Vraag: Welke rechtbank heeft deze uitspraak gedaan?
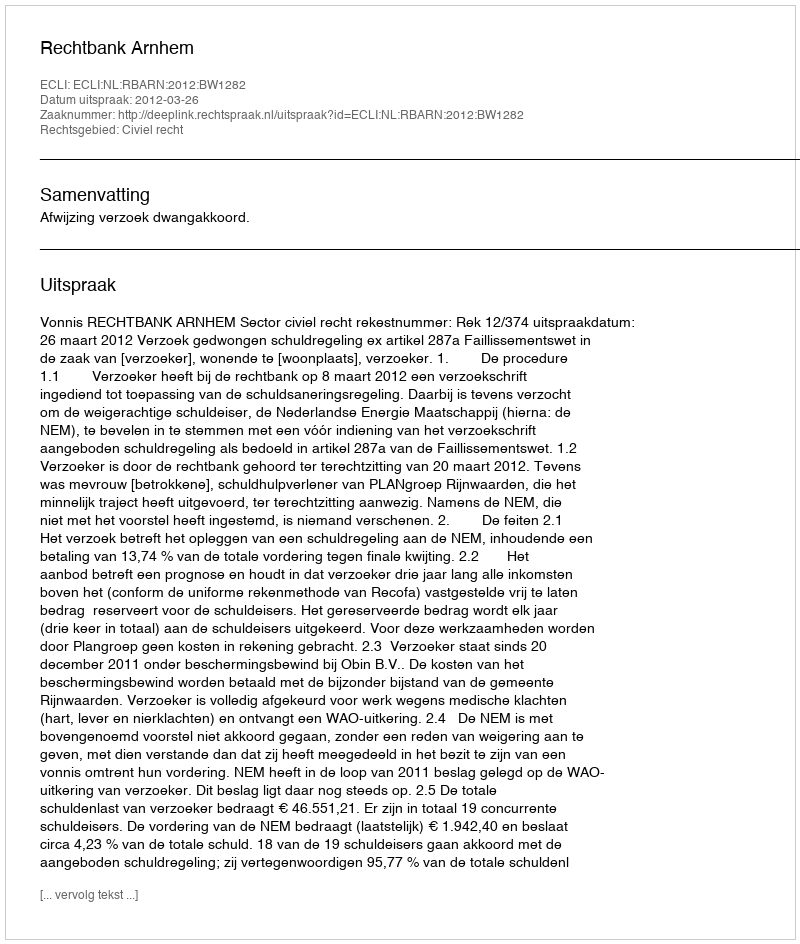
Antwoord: Rechtbank Arnhem